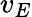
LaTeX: v_{E}